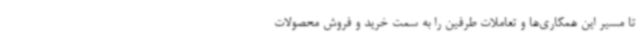
تا مسیر این همکاری‌ها و تعاملات طرفین را به سمت خرید و فروش محصولات